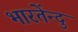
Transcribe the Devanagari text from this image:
भारतेंन्दु